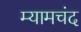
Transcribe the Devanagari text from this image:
म्यामचंद